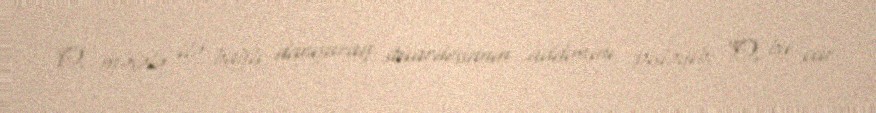
O, məsələ ilə bağlı danışaraq stüardessanın addımını pisləyib: “O, bu cür